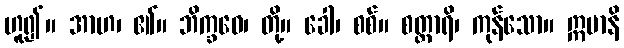
ဟူ၍။ အာဟ၊ ၏။ ဘိက္ခဝေ၊ တို့။ ခေါ၊ စစ်။ စတ္တာရိ၊ ကုန်သော။ ဣမာနိ